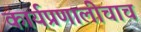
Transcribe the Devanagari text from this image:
कार्यप्रणालीचाच